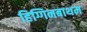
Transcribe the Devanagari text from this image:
हिग्गिनबाथम